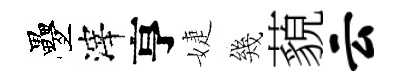
疊滓亨婕幾藐云